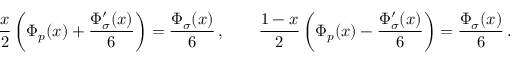
\frac { x } { 2 } \left( \Phi _ { p } ( x ) + \frac { \Phi _ { \sigma } ^ { \prime } ( x ) } { 6 } \right) = \frac { \Phi _ { \sigma } ( x ) } { 6 } \, , \qquad \frac { 1 - x } { 2 } \left( \Phi _ { p } ( x ) - \frac { \Phi _ { \sigma } ^ { \prime } ( x ) } { 6 } \right) = \frac { \Phi _ { \sigma } ( x ) } { 6 } \, .